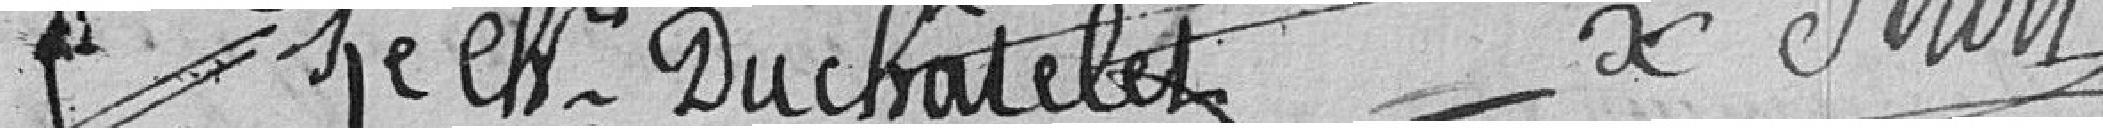
Duchâtelet   X Strolz